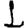
Digit: 1